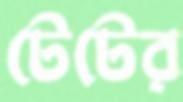
টেটের